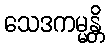
သေဒကမ္မန္တိ